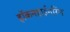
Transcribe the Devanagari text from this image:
हॉकनहाईनरिंग